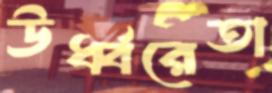
ঊর্ধ্বরেতা